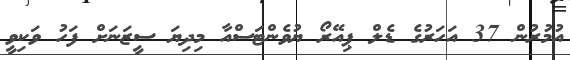
އުމުރުން 37 އަހަރުގެ ޑެލް ޕިއޭރޯ ޔުވެންޓަސްއާ މިދިޔަ ސީޒަނަށް ފަހު ވަކިވީ